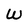
Character: W